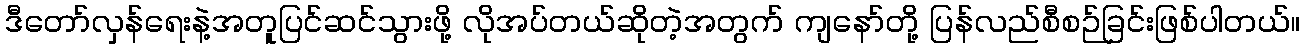
ဒီတော်လှန်ရေးနဲ့အတူပြင်ဆင်သွားဖို့ လိုအပ်တယ်ဆိုတဲ့အတွက် ကျနော်တို့ ပြန်လည်စီစဉ်ခြင်းဖြစ်ပါတယ်။